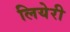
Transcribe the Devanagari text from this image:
लियेरी